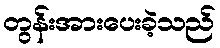
တွန်းအားပေးခဲ့သည်